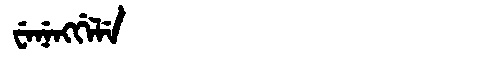
Manchu: ᠸᡝᠨᡝᠩᡤᡝᠯᡝ
Romanization: WENENGGELE